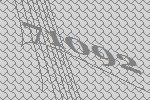
71092